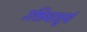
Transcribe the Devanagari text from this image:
उक्तिचातुर्य